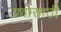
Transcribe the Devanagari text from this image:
प्रवासाठी